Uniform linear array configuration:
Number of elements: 24
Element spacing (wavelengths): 0.25
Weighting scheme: exponential
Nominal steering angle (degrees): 60
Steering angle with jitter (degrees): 58.903
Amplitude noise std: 0.05
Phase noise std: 0.05

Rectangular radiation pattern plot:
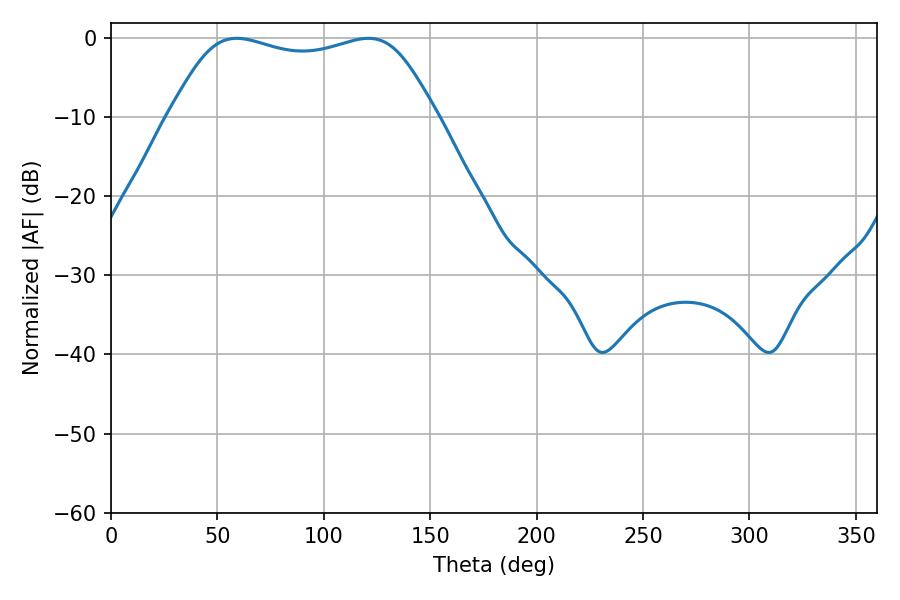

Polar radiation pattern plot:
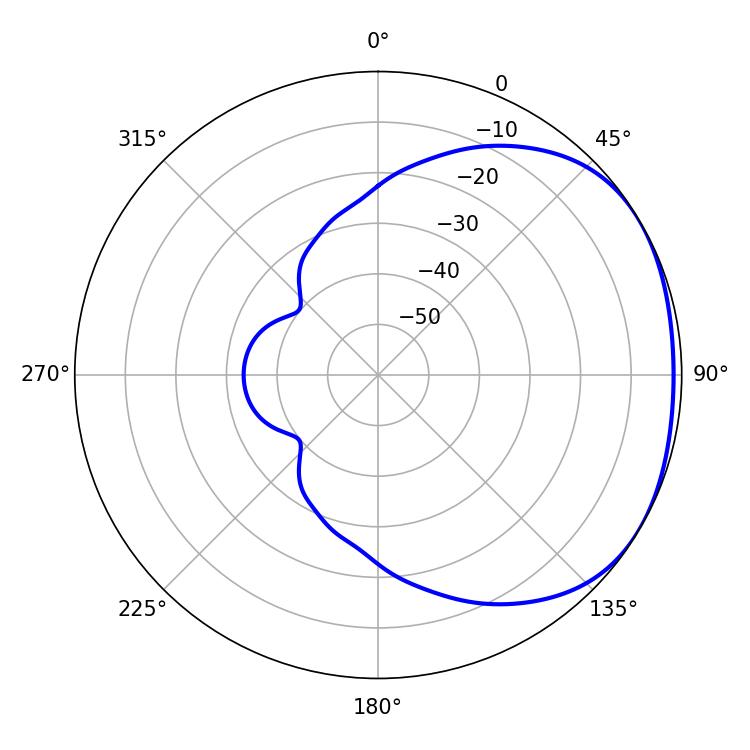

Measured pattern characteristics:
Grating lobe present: FALSE
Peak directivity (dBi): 1.767
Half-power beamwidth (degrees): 97.56
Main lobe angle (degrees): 59.04